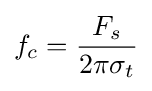
f_{c}={\frac {F_{s}}{2\pi \sigma _{t}}}